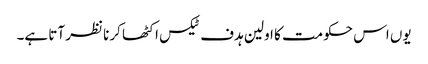
یوں اس حکومت کا اولین ہدف ٹیکس اکٹھا کرنا نظر آتا ہے۔